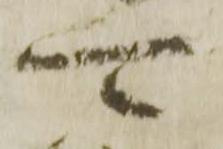
可